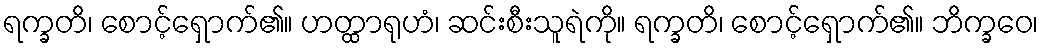
ရက္ခတိ၊ စောင့်ရှောက်၏။ ဟတ္ထာရုဟံ၊ ဆင်းစီးသူရဲကို။ ရက္ခတိ၊ စောင့်ရှောက်၏။ ဘိက္ခဝေ၊